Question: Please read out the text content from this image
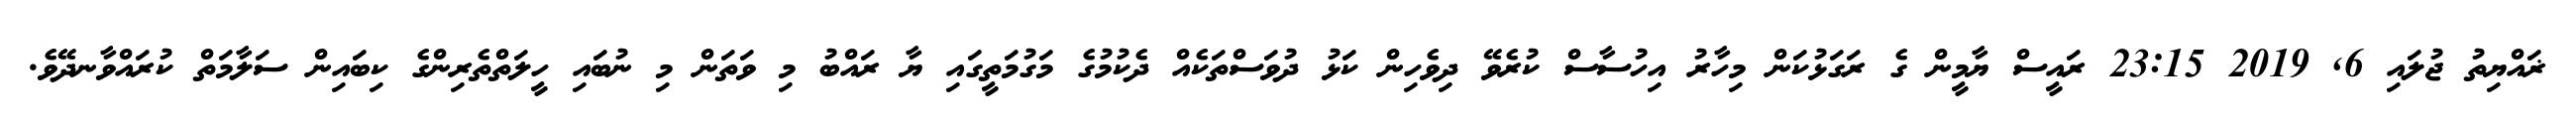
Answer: ޜައްޔިތު ޖުލައި 6, 2019 23:15 ރައީސް ޔާމީން ގެ ރަގަޅުކަން މިހާރު އިހުސާސް ކުރެވޭ ދިވެހިން ކަޅު ދުވަސްތަކެއް ދެކުމުގެ މަގުމަތީގައި ޔާ ރައްބު މި ވަތަން މި ނުބައި ހީލަތްތެރިންގެ ކިބައިން ސަލާމަތް ކުރައްވާނދޭވެ.